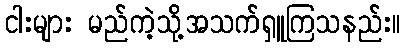
ငါးများ မည်ကဲ့သို့အသက်ရှူကြသနည်း။